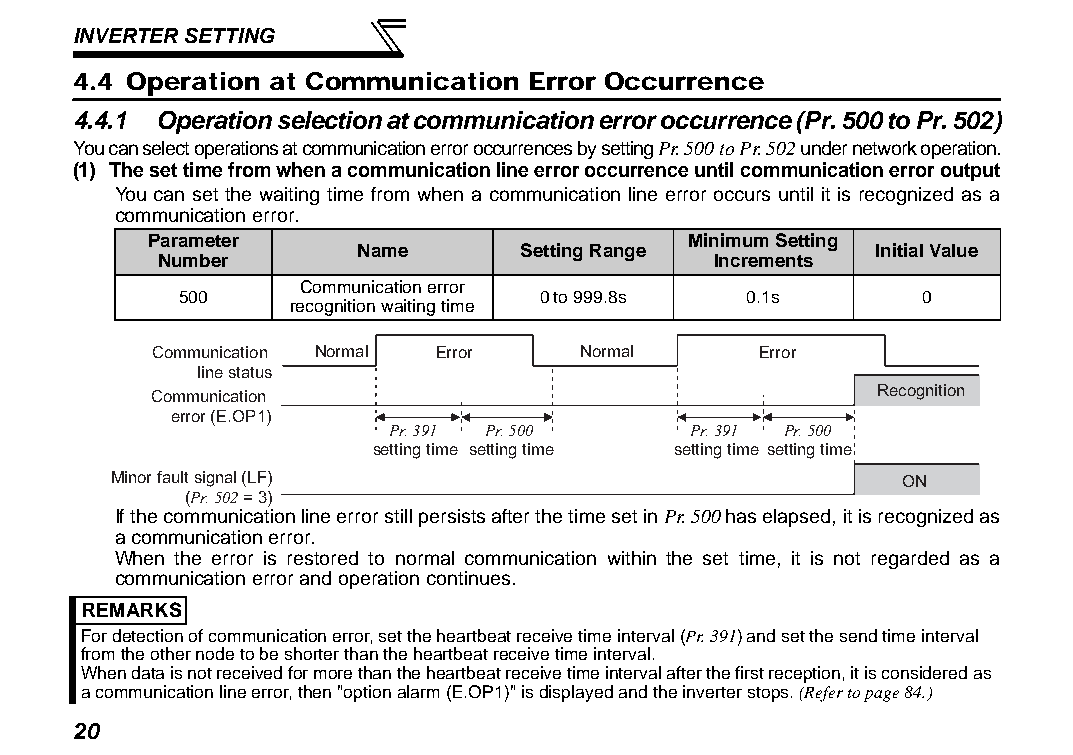
INVERTER SETTING
 4.4 Operation at Communication Error Occurrence
 4.4.1 Operation selection at communication error occurrence (Pr. 500 to Pr. 502)
 You can select operations at communication error occurrences by setting Pr. 500 to Pr. 502 under network operation.
 (1) The set time from when a communication line error occurrence until communication error output
 You can set the waiting time from when a communication line error occurs until it is recognized as a
 communication error.
 Parameter                           Minimum Setting
 Name       Setting Range           Initial Value
 Number                               Increments
 Communication error
 500                     0 to 999.8s   0.1s        0
 recognition waiting time
 Communication Normal Error  Normal      Error
 line status
 Communication                                   Recognition
 error (E.OP1)
 Pr. 391 Pr. 500     Pr. 391 Pr. 500
 setting time setting time setting time setting time
 Minor fault signal (LF)                             ON
 (Pr. 502 = 3)
 If the communication line error still persists after the time set in Pr. 500 has elapsed, it is recognized as
 a communication error.
 When the error is restored to normal communication within the set time, it is not regarded as a
 communication error and operation continues.
 REMARKS
 For detection of communication error, set the heartbeat receive time interval (Pr. 391) and set the send time interval
 from the other node to be shorter than the heartbeat receive time interval.
 When data is not received for more than the heartbeat receive time interval after the first reception, it is considered as
 a communication line error, then "option alarm (E.OP1)" is displayed and the inverter stops. (Refer to page 84.)
 20